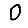
Digit: 0